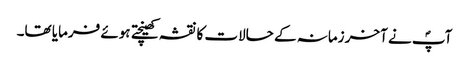
آپؐ نے آخر زمانہ کے حالات کا نقشہ کھینچتے ہوئے فرمایا تھا۔